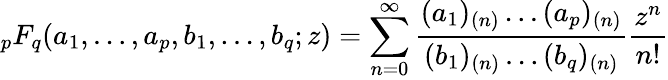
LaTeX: {}_{p}F_{q}(a_{1},\dots,a_{p},b_{1},\dots,b_{q};z)=\sum_{n=0}^{\infty}\frac{(a_{1})_{(n)}\dots(a_{p})_{(n)}}{(b_{1})_{(n)}\dots(b_{q})_{(n)}}\frac{z^{n}}{n!}